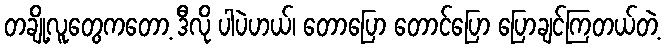
တချို့လူတွေကတော့ ဒီလို ပါပဲဟယ်၊ တောပြော တောင်ပြော ပြောချင်ကြတယ်တဲ့